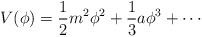
\begin{align*}V(\phi) = \frac{1}{2} m^2 \phi^2 + \frac{1}{3} a \phi^3 + \cdots\end{align*}